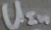
Text: UIn